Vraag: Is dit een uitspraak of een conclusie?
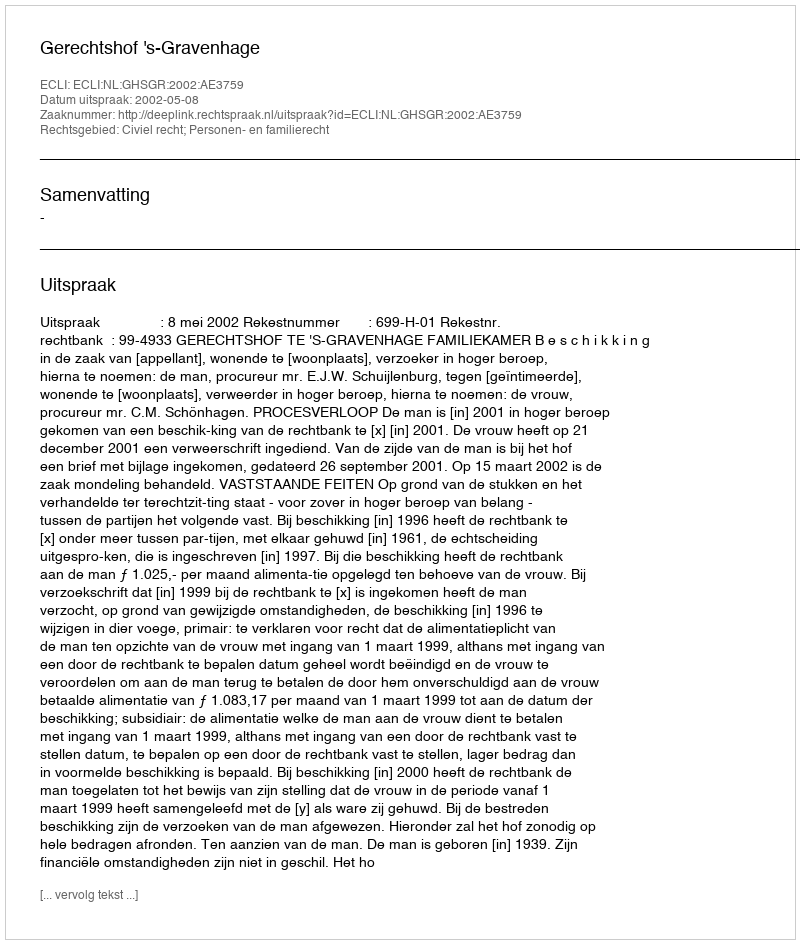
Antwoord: Uitspraak